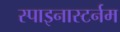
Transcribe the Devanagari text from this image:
स्पाइनास्टर्नम